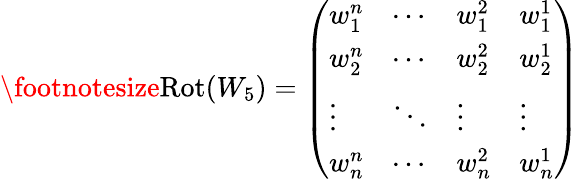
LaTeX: \footnotesize\mathrm{Rot}(W_{5})=\left(\begin{array}{llll}{w_{1}^{n}}&{\cdots}&{w_{1}^{2}}&{w_{1}^{1}}\\ {w_{2}^{n}}&{\cdots}&{w_{2}^{2}}&{w_{2}^{1}}\\ {\vdots}&{\ddots}&{\vdots}&{\vdots}\\ {w_{n}^{n}}&{\cdots}&{w_{n}^{2}}&{w_{n}^{1}}\end{array}\right)